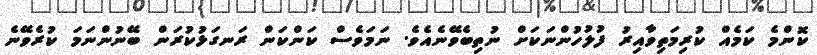
ކޮންމެ ކަމެއް ކުރިމަތިވާއިރު ފުލުހުންނަކަށް ނުތިބެވޭނެއެވެ. ނަމަވެސް ކަންކަން ރަނގަޅުކުރަން ބޭނުންނަމަ ކުރެވޭނެ